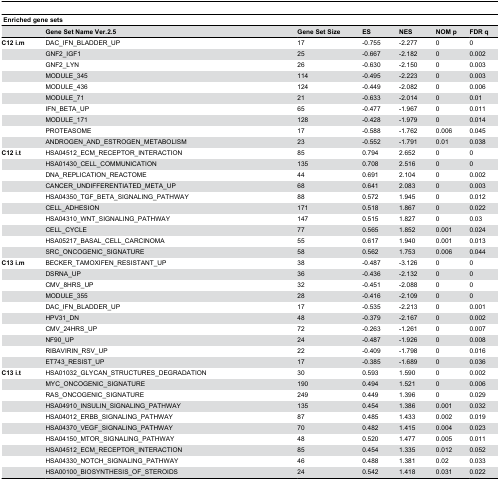
<table><thead><tr><td colspan="7"><b> Enriched gene sets</b></td></tr><tr><td></td><td><b>Gene Set Name Ver.2.5</b></td><td><b>Gene Set Size</b></td><td><b>ES</b></td><td><b>NES</b></td><td><b>NOM p</b></td><td><b>FDR q</b></td></tr></thead><tbody><tr><td><b>C12 i.m</b></td><td>DAC_IFN_BLADDER_UP</td><td>17</td><td>-0.755</td><td>-2.277</td><td>0</td><td>0</td></tr><tr><td></td><td>GNF2_IGF1</td><td>25</td><td>-0.667</td><td>-2.182</td><td>0</td><td>0.002</td></tr><tr><td></td><td>GNF2_LYN</td><td>26</td><td>-0.630</td><td>-2.150</td><td>0</td><td>0.003</td></tr><tr><td></td><td>MODULE_345</td><td>114</td><td>-0.495</td><td>-2.223</td><td>0</td><td>0.003</td></tr><tr><td></td><td>MODULE_436</td><td>124</td><td>-0.449</td><td>-2.082</td><td>0</td><td>0.006</td></tr><tr><td></td><td>MODULE_71</td><td>21</td><td>-0.633</td><td>-2.014</td><td>0</td><td>0.01</td></tr><tr><td></td><td>IFN_BETA_UP</td><td>65</td><td>-0.477</td><td>-1.967</td><td>0</td><td>0.011</td></tr><tr><td></td><td>MODULE_171</td><td>128</td><td>-0.428</td><td>-1.979</td><td>0</td><td>0.014</td></tr><tr><td></td><td>PROTEASOME</td><td>17</td><td>-0.588</td><td>-1.762</td><td>0.006</td><td>0.045</td></tr><tr><td></td><td>ANDROGEN_AND_ESTROGEN_METABOLISM</td><td>23</td><td>-0.552</td><td>-1.791</td><td>0.01</td><td>0.038</td></tr><tr><td><b>C12 i.t</b></td><td>HSA04512_ECM_RECEPTOR_INTERACTION</td><td>85</td><td>0.794</td><td>2.652</td><td>0</td><td>0</td></tr><tr><td></td><td>HSA01430_CELL_COMMUNICATION</td><td>135</td><td>0.708</td><td>2.516</td><td>0</td><td>0</td></tr><tr><td></td><td>DNA_REPLICATION_REACTOME</td><td>44</td><td>0.691</td><td>2.104</td><td>0</td><td>0.002</td></tr><tr><td></td><td>CANCER_UNDIFFERENTIATED_META_UP</td><td>68</td><td>0.641</td><td>2.083</td><td>0</td><td>0.003</td></tr><tr><td></td><td>HSA04350_TGF_BETA_SIGNALING_PATHWAY</td><td>88</td><td>0.572</td><td>1.945</td><td>0</td><td>0.012</td></tr><tr><td></td><td>CELL_ADHESION</td><td>171</td><td>0.518</td><td>1.867</td><td>0</td><td>0.022</td></tr><tr><td></td><td>HSA04310_WNT_SIGNALING_PATHWAY</td><td>147</td><td>0.515</td><td>1.827</td><td>0</td><td>0.03</td></tr><tr><td></td><td>CELL_CYCLE</td><td>77</td><td>0.565</td><td>1.852</td><td>0.001</td><td>0.024</td></tr><tr><td></td><td>HSA05217_BASAL_CELL_CARCINOMA</td><td>55</td><td>0.617</td><td>1.940</td><td>0.001</td><td>0.013</td></tr><tr><td></td><td>SRC_ONCOGENIC_SIGNATURE</td><td>58</td><td>0.562</td><td>1.753</td><td>0.006</td><td>0.044</td></tr><tr><td><b>C13 i.m</b></td><td>BECKER_TAMOXIFEN_RESISTANT_UP</td><td>38</td><td>-0.487</td><td>-3.126</td><td>0</td><td>0</td></tr><tr><td></td><td>DSRNA_UP</td><td>36</td><td>-0.436</td><td>-2.132</td><td>0</td><td>0</td></tr><tr><td></td><td>CMV_8HRS_UP</td><td>32</td><td>-0.451</td><td>-2.088</td><td>0</td><td>0</td></tr><tr><td></td><td>MODULE_355</td><td>28</td><td>-0.416</td><td>-2.109</td><td>0</td><td>0</td></tr><tr><td></td><td>DAC_IFN_BLADDER_UP</td><td>17</td><td>-0.535</td><td>-2.213</td><td>0</td><td>0.001</td></tr><tr><td></td><td>HPV31_DN</td><td>48</td><td>-0.379</td><td>-2.167</td><td>0</td><td>0.002</td></tr><tr><td></td><td>CMV_24HRS_UP</td><td>72</td><td>-0.263</td><td>-1.261</td><td>0</td><td>0.007</td></tr><tr><td></td><td>NF90_UP</td><td>24</td><td>-0.487</td><td>-1.926</td><td>0</td><td>0.008</td></tr><tr><td></td><td>RIBAVIRIN_RSV_UP</td><td>22</td><td>-0.409</td><td>-1.798</td><td>0</td><td>0.016</td></tr><tr><td></td><td>ET743_RESIST_UP</td><td>17</td><td>-0.385</td><td>-1.689</td><td>0</td><td>0.036</td></tr><tr><td><b>C13 i.t</b></td><td>HSA01032_GLYCAN_STRUCTURES_DEGRADATION</td><td>30</td><td>0.593</td><td>1.590</td><td>0</td><td>0.002</td></tr><tr><td></td><td>MYC_ONCOGENIC_SIGNATURE</td><td>190</td><td>0.494</td><td>1.521</td><td>0</td><td>0.006</td></tr><tr><td></td><td>RAS_ONCOGENIC_SIGNATURE</td><td>249</td><td>0.449</td><td>1.396</td><td>0</td><td>0.029</td></tr><tr><td></td><td>HSA04910_INSULIN_SIGNALING_PATHWAY</td><td>135</td><td>0.454</td><td>1.386</td><td>0.001</td><td>0.032</td></tr><tr><td></td><td>HSA04012_ERBB_SIGNALING_PATHWAY</td><td>87</td><td>0.485</td><td>1.433</td><td>0.002</td><td>0.019</td></tr><tr><td></td><td>HSA04370_VEGF_SIGNALING_PATHWAY</td><td>70</td><td>0.482</td><td>1.415</td><td>0.004</td><td>0.023</td></tr><tr><td></td><td>HSA04150_MTOR_SIGNALING_PATHWAY</td><td>48</td><td>0.520</td><td>1.477</td><td>0.005</td><td>0.011</td></tr><tr><td></td><td>HSA04512_ECM_RECEPTOR_INTERACTION</td><td>85</td><td>0.454</td><td>1.335</td><td>0.012</td><td>0.052</td></tr><tr><td></td><td>HSA04330_NOTCH_SIGNALING_PATHWAY</td><td>46</td><td>0.488</td><td>1.381</td><td>0.02</td><td>0.033</td></tr><tr><td></td><td>HSA00100_BIOSYNTHESIS_OF_STEROIDS</td><td>24</td><td>0.542</td><td>1.418</td><td>0.031</td><td>0.022</td></tr></tbody></table>